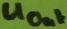
Text: UOut